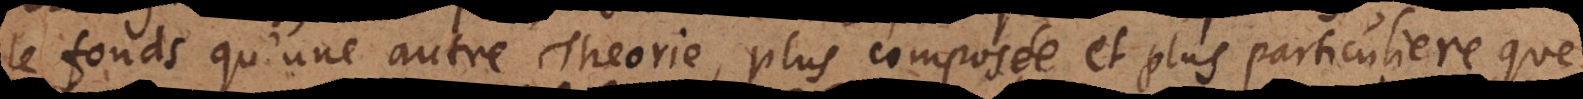
le fonds qu’une autre Theorie, plus composée et plus particuliere que